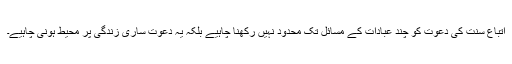
اتباعِ سنت کی دعوت کو چند عبادات کے مسائل تک محدود نہیں رکھنا چاہیے بلکہ یہ دعوت ساری زندگی پر محیط ہونی چاہیے۔